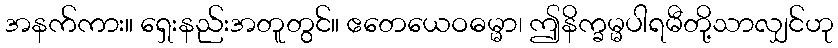
အနက်ကား။ ရှေးနည်းအတူတွင်။ ဧတေယေဝဓမ္မာ၊ ဤနိက္ခမ္မပါရမီတို့သာလျှင်ဟု